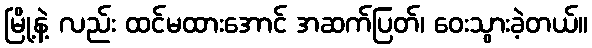
မြို့နဲ့ လည်း ထင်မထားအောင် အဆက်ပြတ်၊ ဝေးသွားခဲ့တယ်။